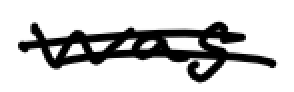
Text: was
Cross-out: double-line
Writing tool: digital_black